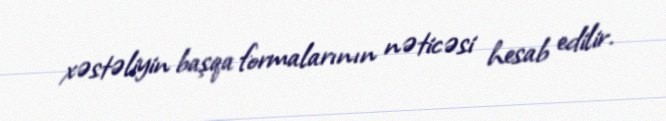
xəstəliyin başqa formalarının nəticəsi hesab edilir.